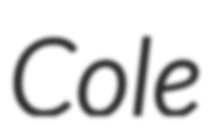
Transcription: Cole